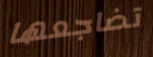
تضاجعها